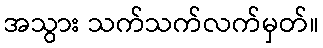
အသွား သက်သက်လက်မှတ်။